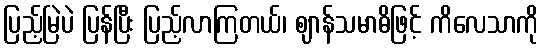
ပြည့်မြဲပဲ ပြန်ပြီး ပြည့်လာကြတယ်၊ ဈာန်သမာဓိဖြင့် ကိလေသာကို